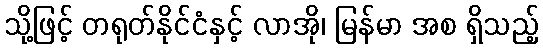
သို့ဖြင့် တရုတ်နိုင်ငံနှင့် လာအို၊ မြန်မာ အစ ရှိသည့်